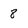
Character: 8